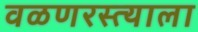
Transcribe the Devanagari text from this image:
वळणरस्त्याला